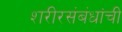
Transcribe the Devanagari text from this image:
शरीरसंबंधांची